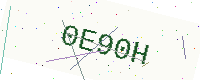
Text: 0E90H